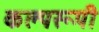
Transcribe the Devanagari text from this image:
कल्परूपी